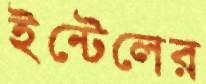
ইন্টেলের